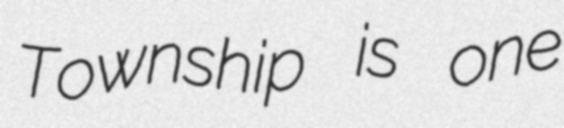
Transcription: Township is one